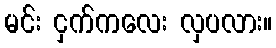
မင်း ငှက်ကလေး လှပလား။